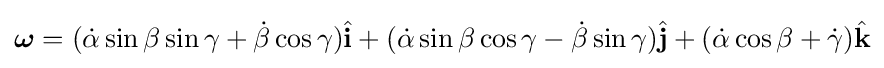
{\boldsymbol {\omega }}=({\dot {\alpha }}\sin \beta \sin \gamma +{\dot {\beta }}\cos \gamma ){\hat {\mathbf {i} }}+({\dot {\alpha }}\sin \beta \cos \gamma -{\dot {\beta }}\sin \gamma ){\hat {\mathbf {j} }}+({\dot {\alpha }}\cos \beta +{\dot {\gamma }}){\hat {\mathbf {k} }}